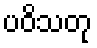
ပဝိသတု